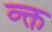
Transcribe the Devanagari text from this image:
व्क्त